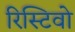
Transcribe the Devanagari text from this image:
रिस्टिवो